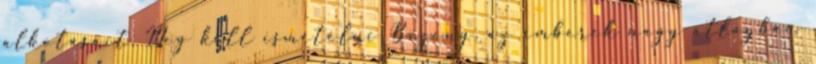
alkotásait. Meg kell ismételni Bizony, az emberek nagy átlagban